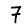
Digit: 7